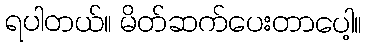
ရပါတယ်။ မိတ်ဆက်ပေးတာပေါ့။